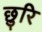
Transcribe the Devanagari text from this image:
छुरि